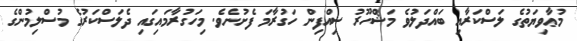
މުޢާވިޔަތުގެ ލަސްކަރާއި ބައްދަލުވެ މަޝްހޫރު ސިއްފިން ހަގުރާމަ ފެށުނެވެ. މިހަގުރާމައިގައި ދެލަސްކަރުގެ މުސްލިމުންގެ